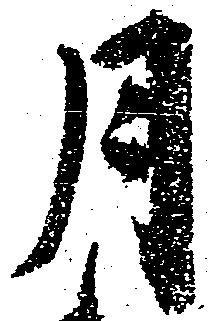
月